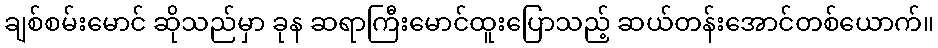
ချစ်စမ်းမောင် ဆိုသည်မှာ ခုန ဆရာကြီးမောင်ထူးပြောသည့် ဆယ်တန်းအောင်တစ်ယောက်။